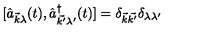
[ { \hat { a } } _ { \vec { k } \lambda } ( t ) , { \hat { a } } _ { \vec { k ^ { \prime } } \lambda ^ { \prime } } ^ { \dag } ( t ) ] = \delta _ { \vec { k } \vec { k ^ { \prime } } } \delta _ { \lambda \lambda ^ { \prime } }